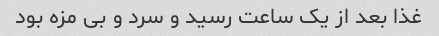
غذا بعد از یک ساعت رسید و سرد و بی مزه بود